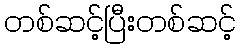
တစ်ဆင့်ပြီးတစ်ဆင့်